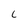
Character: 6